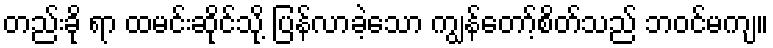
တည်းခို ရာ ထမင်းဆိုင်သို့ ပြန်လာခဲ့သော ကျွန်တော့်စိတ်သည် ဘဝင်မကျ။